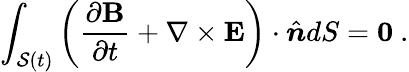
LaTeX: \int_{\mathcal{S}(t)}\left(\frac{\partial\mathbf{B}}{\partial t}+\mathbf{\nabla}\times\mathbf{E}\right)\cdot\hat{\boldsymbol{n}}dS=\mathbf{0}~.